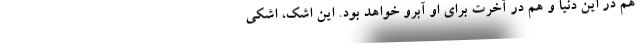
هم در این دنیا و هم در آخرت برای او آبرو خواهد بود. این اشک، اشکی